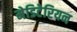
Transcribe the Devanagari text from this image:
मेडिटेरियन